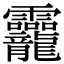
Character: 龗